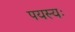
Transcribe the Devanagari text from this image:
पयस्यः